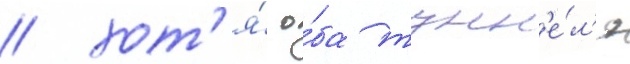
/ хот'я́ о́ба тунн'е́л'я